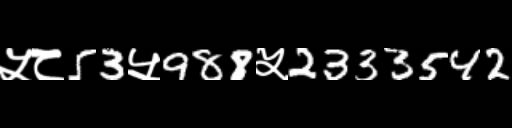
Text: ५८53५988५2333542